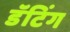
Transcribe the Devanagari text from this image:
डॅटिंग